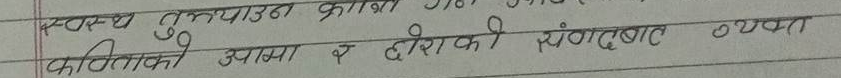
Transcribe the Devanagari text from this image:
स्वस्थ्य तुल्याउन क्रांति गरीका
फलताको आशा र हरीको संगबाट व्यथा